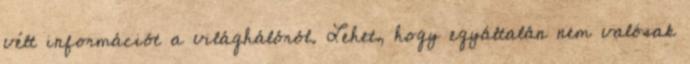
vélt információt a világhálóról. Lehet, hogy egyáltalán nem valósak